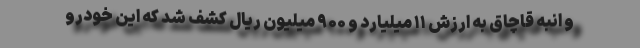
و انبه قاچاق به ارزش ۱۱ میلیارد و ۹۰۰ میلیون ریال کشف شد که این خودرو